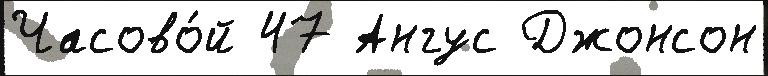
Часово́й 47 Ангус Джонсон